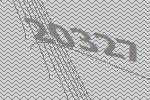
20327